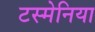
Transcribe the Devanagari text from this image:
टस्मेनिया